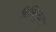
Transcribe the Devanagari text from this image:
बिलिगुद्डा